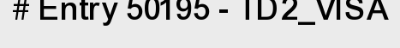
# Entry 50195 - TD2_VISA